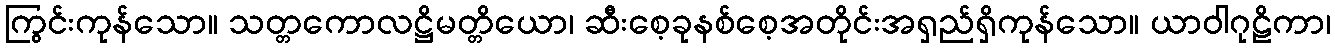
ကြွင်းကုန်သော။ သတ္တကောလဋ္ဌိမတ္တိယော၊ ဆီးစေ့ခုနစ်စေ့အတိုင်းအရှည်ရှိကုန်သော။ ယာဝါဂုဠိကာ၊